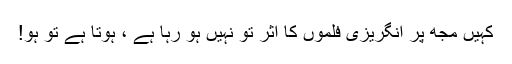
کہیں مجھ پر انگریزی فلموں کا اثر تو نہیں ہو رہا ہے ، ہوتا ہے تو ہو!